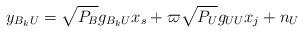
LaTeX: \begin{align*} y_{B_kU} = \sqrt{P_B} g_{B_kU} x_s+ \varpi \sqrt{P_U}g_{UU}x_j + n_{U}\end{align*}